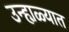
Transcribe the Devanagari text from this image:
उन्हा़ळ्यात